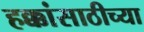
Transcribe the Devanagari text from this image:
हक्कांसाठीच्या